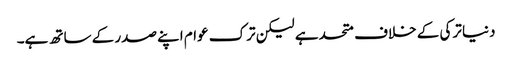
دنیا ترکی کے خلاف متحد ہے لیکن ترک عوام اپنے صدر کے ساتھ ہے۔